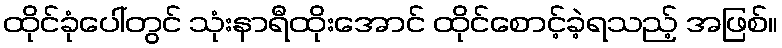
ထိုင်ခုံပေါ်တွင် သုံးနာရီထိုးအောင် ထိုင်စောင့်ခဲ့ရသည့် အဖြစ်။